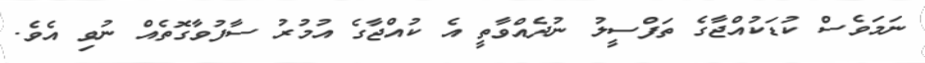
ނަމަވެސް ކުޑަކުއްޖާގެ ތަފްސީލު ނުދެއްވާތީ އެ ކުއްޖާގެ އުމުރު ސާފުވާގޮތެއް ނުވި އެވެ.